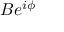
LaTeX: B e ^ { i \phi }